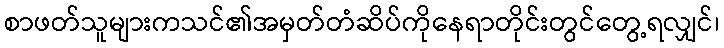
စာဖတ်သူများကသင်၏အမှတ်တံဆိပ်ကိုနေရာတိုင်းတွင်တွေ့ရလျှင်၊